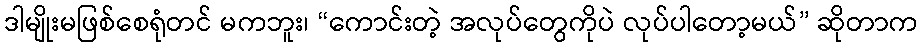
ဒါမျိုးမဖြစ်စေရုံတင် မကဘူး၊ “ကောင်းတဲ့ အလုပ်တွေကိုပဲ လုပ်ပါတော့မယ်” ဆိုတာက